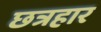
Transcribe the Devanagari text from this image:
छत्रहार